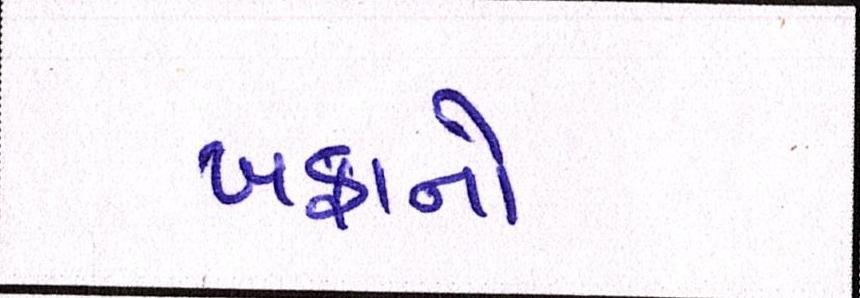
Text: ખફાનો